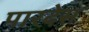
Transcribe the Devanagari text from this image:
पारदेस